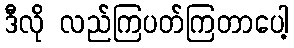
ဒီလို လည်ကြပတ်ကြတာပေါ့